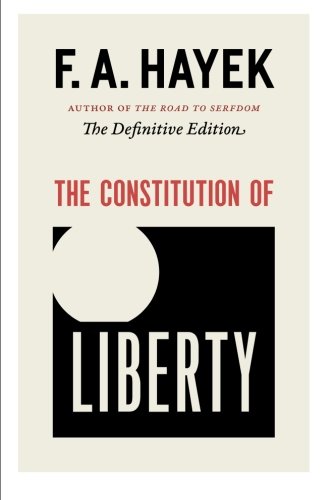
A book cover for The Constitution of Liberty: The Definitive Edition (The Collected Works of F. A. Hayek); F. A. Hayek; Business & Money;